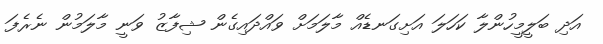
އަދި ބަލީމީހުންލާ ކަހަލަ އަށިގަނޑެއް މާލަމަށް ވައްދައިގެން ޝިފާޒު ވަނީ މާލަމުން ނެރެފަ